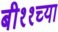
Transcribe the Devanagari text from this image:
बी११च्या